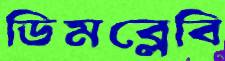
ডিমব্লেবি